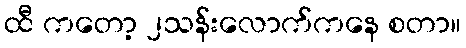
ထီ ကတော့ ၂သန်းလောက်ကနေ စတာ။